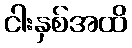
ငါးနှစ်အထိ